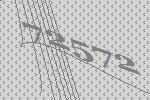
72572